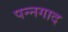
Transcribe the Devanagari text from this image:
पन्नगाद